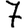
Digit: 7